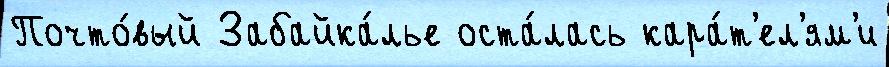
Почто́вый Забайка́лье оста́лась кара́т'ел'ям'и